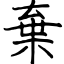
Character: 棄